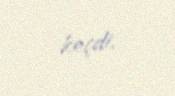
keçdi.